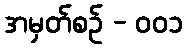
အမှတ်စဥ် - ၀၀၁